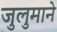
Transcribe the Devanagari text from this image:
जुलुमाने